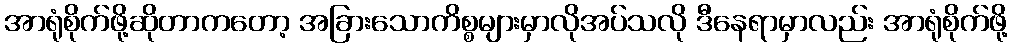
အာရုံစိုက်ဖို့ဆိုတာကတော့ အခြားသောကိစ္စများမှာလိုအပ်သလို ဒီနေရာမှာလည်း အာရုံစိုက်ဖို့